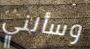
وسألني